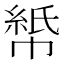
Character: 𫷏